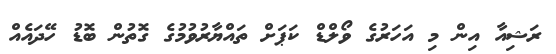
ރަޝިއާ އިން މި އަހަރުގެ ވޯލްޑް ކަޕަށް ތައްޔާރުވުމުގެ ގޮތުން ބޮޑު ހޭދައެއް